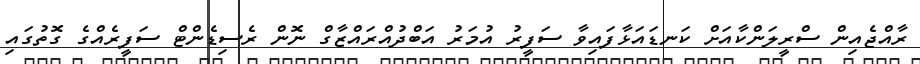
ރާއްޖެއިން ސްރީލަންކާއަށް ކަނޑައަޅާފައިވާ ސަފީރު އުމަރު އަބްދުއްރައްޒާގް ނޮން ރެސިޑެންޓް ސަފީރެއްގެ ގޮތުގައި